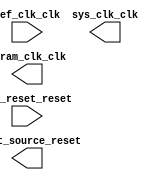

module SDRAMPLL (
	ref_clk_clk,
	ref_reset_reset,
	sys_clk_clk,
	sdram_clk_clk,
	reset_source_reset);	

	input		ref_clk_clk;
	input		ref_reset_reset;
	output		sys_clk_clk;
	output		sdram_clk_clk;
	output		reset_source_reset;
endmodule